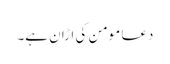
دعا مومن کی اڑان ہے۔